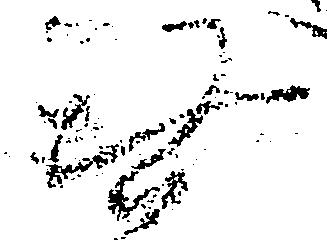
無